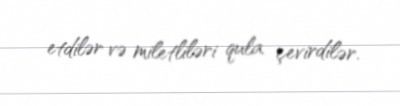
etdilər və miletliləri qula çevirdilər.